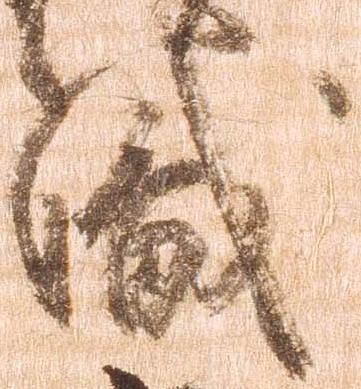
職